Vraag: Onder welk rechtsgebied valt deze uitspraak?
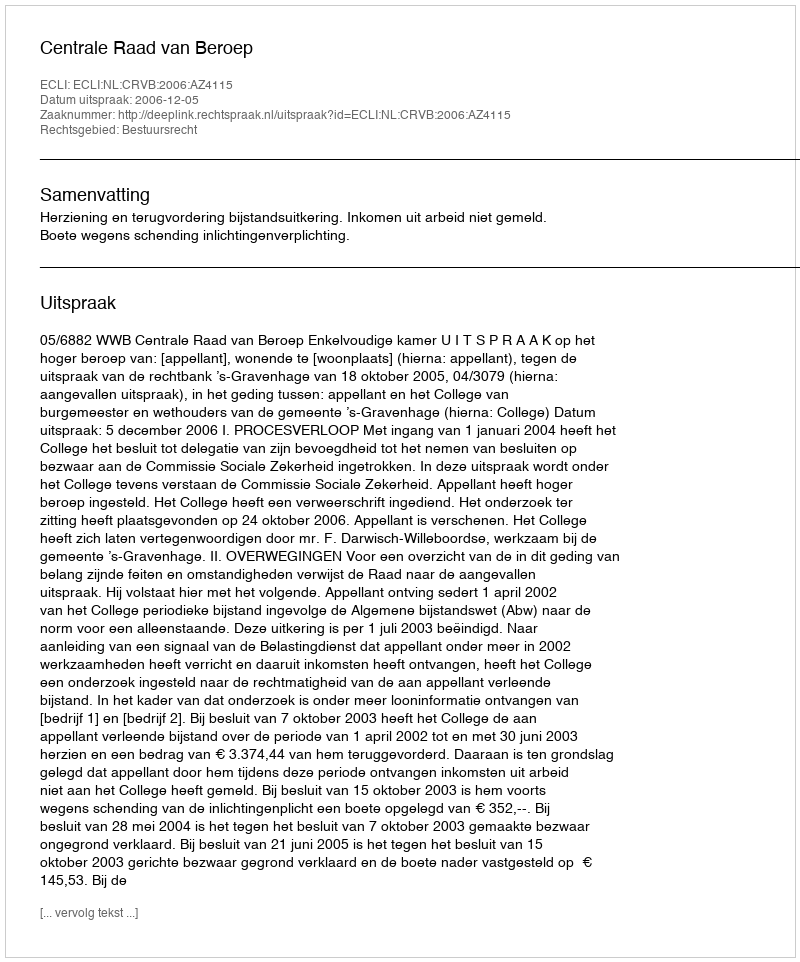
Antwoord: Bestuursrecht